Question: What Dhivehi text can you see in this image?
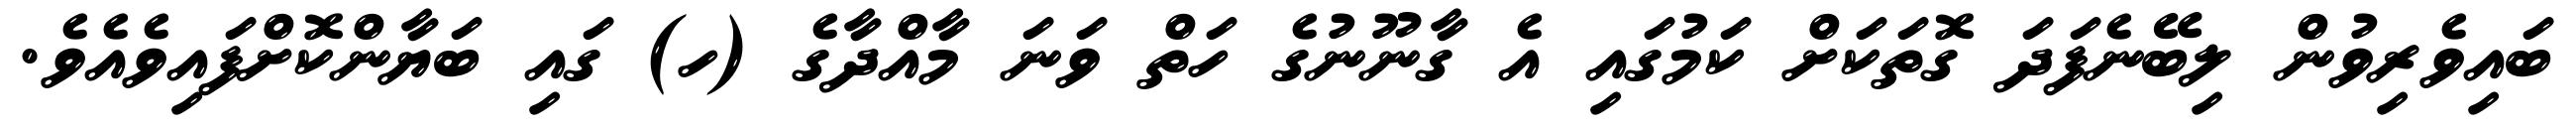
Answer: ބައިވެރިވުން ލިބޭނެފަދަ ގޮތަކަށް ކަމުގައި އެ ގާނޫނުގެ ހަތް ވަނަ މާއްދާގެ (ހ) ގައި ބަޔާންކޮށްފައިވެއެވެ.